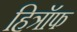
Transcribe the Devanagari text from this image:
हित्रॉफ